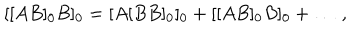
[ [ A B ] _ { 0 } B ] _ { 0 } = [ A [ B B ] _ { 0 } ] _ { 0 } + [ [ A B ] _ { 0 } B ] _ { 0 } + \ldots \, ,